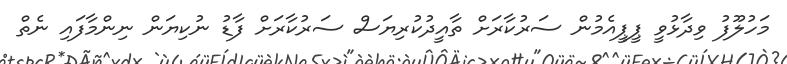
މަހުލޫފު ވިދާޅުވީ ޕީޕީއެމުން ސަރުކާރަށް ތާއީދުކުރިޔަސް ސަރުކާރަށް ފާޑު ނުކިޔަން ނިންމާފައި ނެތް